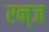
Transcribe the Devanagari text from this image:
रन्ज